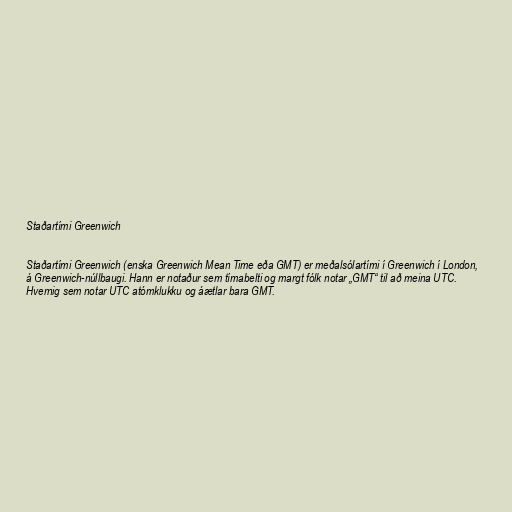
Staðartími Greenwich

Staðartími Greenwich (enska Greenwich Mean Time eða GMT) er meðalsólartími í Greenwich í London,
á Greenwich-núllbaugi. Hann er notaður sem tímabelti og margt fólk notar „GMT“ til að meina UTC.
Hvernig sem notar UTC atómklukku og áætlar bara GMT.